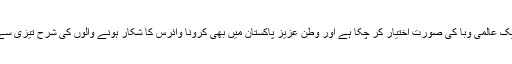
کرونا وائرس ایک عالمی وبا کی صورت اختیار کر چکا ہے اور وطن عزیز پاکستان میں بھی کرونا وائرس کا شکار ہونے والوں کی شرح تیزی سے بڑھ رہی ہے۔